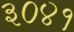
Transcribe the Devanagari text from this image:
३०४१